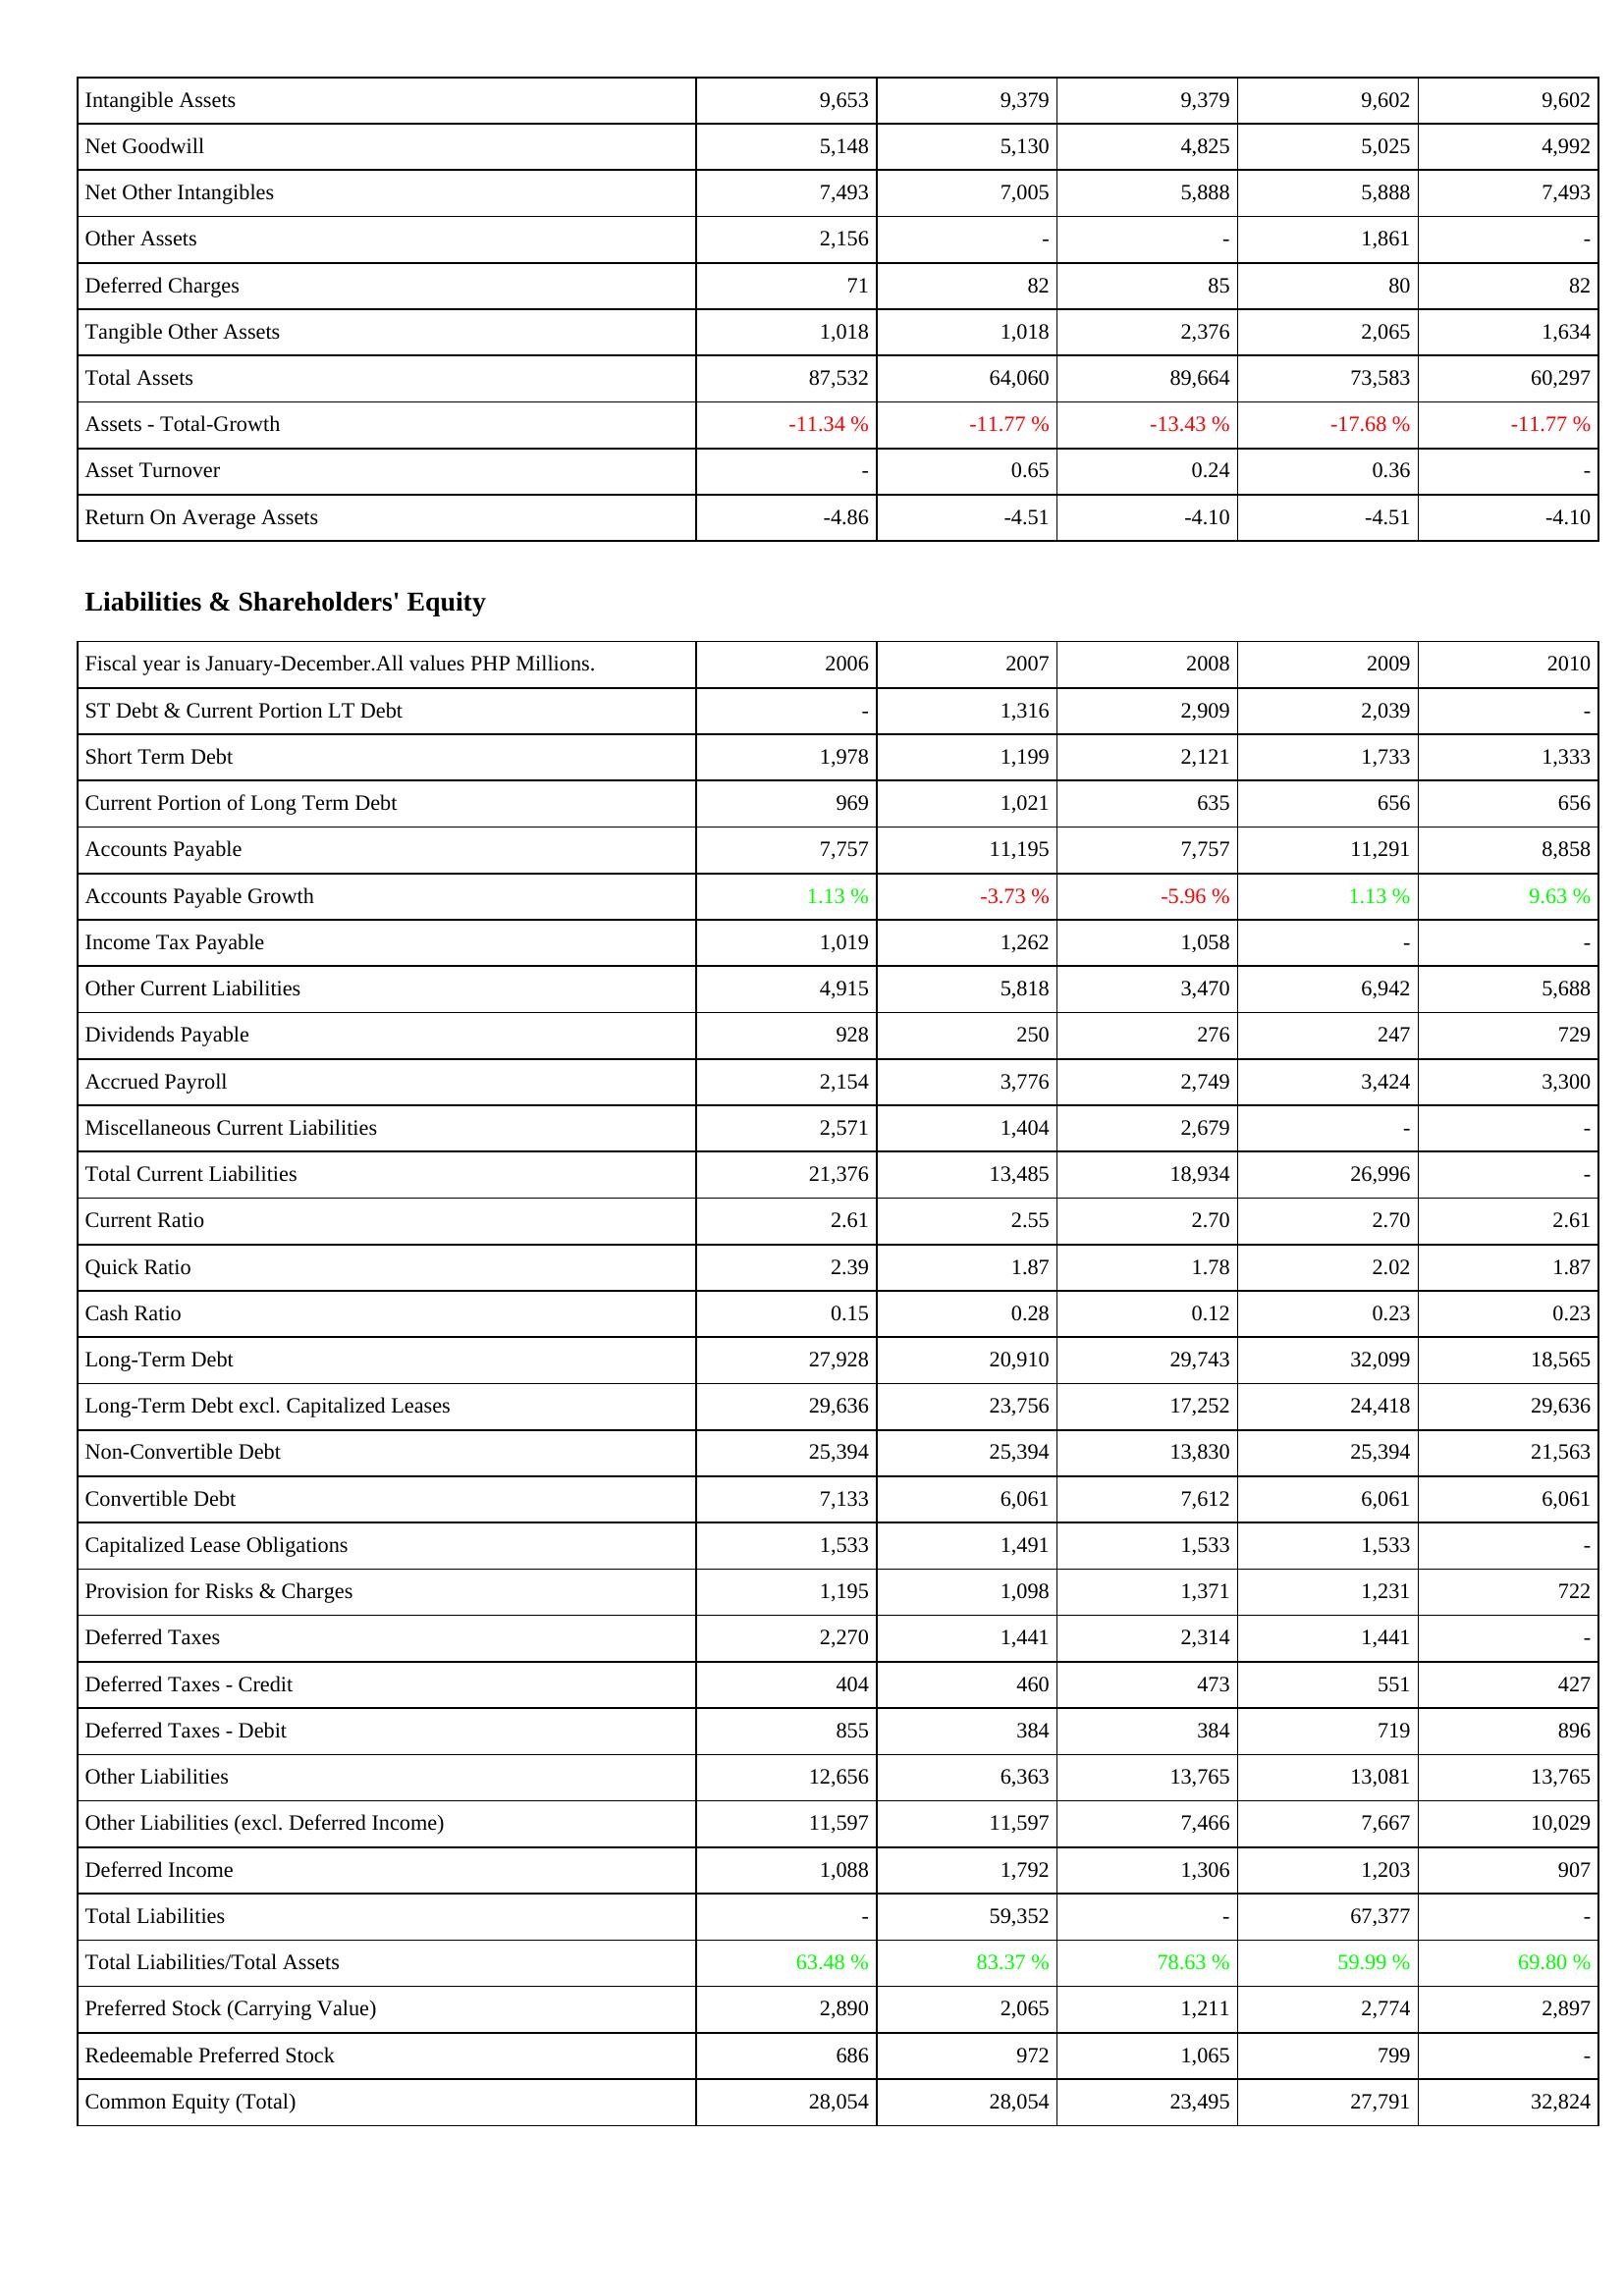
2006: Assets: Intangible Assets: 9,653
Net Goodwill: 5,148
Net Other Intangibles: 7,493
Other Assets: 2,156
Deferred Charges: 71
Tangible Other Assets: 1,018
Total Assets: 87,532
Assets - Total-Growth: -11.34 %
Asset Turnover: -
Return On Average Assets: -4.86
Liabilities & Shareholders' Equity: ST Debt & Current Portion LT Debt: -
Short Term Debt: 1,978
Current Portion of Long Term Debt: 969
Accounts Payable: 7,757
Accounts Payable Growth: 1.13 %
Income Tax Payable: 1,019
Other Current Liabilities: 4,915
Dividends Payable: 928
Accrued Payroll: 2,154
Miscellaneous Current Liabilities: 2,571
Total Current Liabilities: 21,376
Current Ratio: 2.61
Quick Ratio: 2.39
Cash Ratio: 0.15
Long-Term Debt: 27,928
Long-Term Debt excl. Capitalized Leases: 29,636
Non-Convertible Debt: 25,394
Convertible Debt: 7,133
Capitalized Lease Obligations: 1,533
Provision for Risks & Charges: 1,195
Deferred Taxes: 2,270
Deferred Taxes - Credit: 404
Deferred Taxes - Debit: 855
Other Liabilities: 12,656
Other Liabilities (excl. Deferred Income): 11,597
Deferred Income: 1,088
Total Liabilities: -
Total Liabilities/Total Assets: 63.48 %
Preferred Stock (Carrying Value): 2,890
Redeemable Preferred Stock: 686
Common Equity (Total): 28,054
2007: Assets: Intangible Assets: 9,379
Net Goodwill: 5,130
Net Other Intangibles: 7,005
Other Assets: -
Deferred Charges: 82
Tangible Other Assets: 1,018
Total Assets: 64,060
Assets - Total-Growth: -11.77 %
Asset Turnover: 0.65
Return On Average Assets: -4.51
Liabilities & Shareholders' Equity: ST Debt & Current Portion LT Debt: 1,316
Short Term Debt: 1,199
Current Portion of Long Term Debt: 1,021
Accounts Payable: 11,195
Accounts Payable Growth: -3.73 %
Income Tax Payable: 1,262
Other Current Liabilities: 5,818
Dividends Payable: 250
Accrued Payroll: 3,776
Miscellaneous Current Liabilities: 1,404
Total Current Liabilities: 13,485
Current Ratio: 2.55
Quick Ratio: 1.87
Cash Ratio: 0.28
Long-Term Debt: 20,910
Long-Term Debt excl. Capitalized Leases: 23,756
Non-Convertible Debt: 25,394
Convertible Debt: 6,061
Capitalized Lease Obligations: 1,491
Provision for Risks & Charges: 1,098
Deferred Taxes: 1,441
Deferred Taxes - Credit: 460
Deferred Taxes - Debit: 384
Other Liabilities: 6,363
Other Liabilities (excl. Deferred Income): 11,597
Deferred Income: 1,792
Total Liabilities: 59,352
Total Liabilities/Total Assets: 83.37 %
Preferred Stock (Carrying Value): 2,065
Redeemable Preferred Stock: 972
Common Equity (Total): 28,054
2008: Assets: Intangible Assets: 9,379
Net Goodwill: 4,825
Net Other Intangibles: 5,888
Other Assets: -
Deferred Charges: 85
Tangible Other Assets: 2,376
Total Assets: 89,664
Assets - Total-Growth: -13.43 %
Asset Turnover: 0.24
Return On Average Assets: -4.10
Liabilities & Shareholders' Equity: ST Debt & Current Portion LT Debt: 2,909
Short Term Debt: 2,121
Current Portion of Long Term Debt: 635
Accounts Payable: 7,757
Accounts Payable Growth: -5.96 %
Income Tax Payable: 1,058
Other Current Liabilities: 3,470
Dividends Payable: 276
Accrued Payroll: 2,749
Miscellaneous Current Liabilities: 2,679
Total Current Liabilities: 18,934
Current Ratio: 2.70
Quick Ratio: 1.78
Cash Ratio: 0.12
Long-Term Debt: 29,743
Long-Term Debt excl. Capitalized Leases: 17,252
Non-Convertible Debt: 13,830
Convertible Debt: 7,612
Capitalized Lease Obligations: 1,533
Provision for Risks & Charges: 1,371
Deferred Taxes: 2,314
Deferred Taxes - Credit: 473
Deferred Taxes - Debit: 384
Other Liabilities: 13,765
Other Liabilities (excl. Deferred Income): 7,466
Deferred Income: 1,306
Total Liabilities: -
Total Liabilities/Total Assets: 78.63 %
Preferred Stock (Carrying Value): 1,211
Redeemable Preferred Stock: 1,065
Common Equity (Total): 23,495
2009: Assets: Intangible Assets: 9,602
Net Goodwill: 5,025
Net Other Intangibles: 5,888
Other Assets: 1,861
Deferred Charges: 80
Tangible Other Assets: 2,065
Total Assets: 73,583
Assets - Total-Growth: -17.68 %
Asset Turnover: 0.36
Return On Average Assets: -4.51
Liabilities & Shareholders' Equity: ST Debt & Current Portion LT Debt: 2,039
Short Term Debt: 1,733
Current Portion of Long Term Debt: 656
Accounts Payable: 11,291
Accounts Payable Growth: 1.13 %
Income Tax Payable: -
Other Current Liabilities: 6,942
Dividends Payable: 247
Accrued Payroll: 3,424
Miscellaneous Current Liabilities: -
Total Current Liabilities: 26,996
Current Ratio: 2.70
Quick Ratio: 2.02
Cash Ratio: 0.23
Long-Term Debt: 32,099
Long-Term Debt excl. Capitalized Leases: 24,418
Non-Convertible Debt: 25,394
Convertible Debt: 6,061
Capitalized Lease Obligations: 1,533
Provision for Risks & Charges: 1,231
Deferred Taxes: 1,441
Deferred Taxes - Credit: 551
Deferred Taxes - Debit: 719
Other Liabilities: 13,081
Other Liabilities (excl. Deferred Income): 7,667
Deferred Income: 1,203
Total Liabilities: 67,377
Total Liabilities/Total Assets: 59.99 %
Preferred Stock (Carrying Value): 2,774
Redeemable Preferred Stock: 799
Common Equity (Total): 27,791
2010: Assets: Intangible Assets: 9,602
Net Goodwill: 4,992
Net Other Intangibles: 7,493
Other Assets: -
Deferred Charges: 82
Tangible Other Assets: 1,634
Total Assets: 60,297
Assets - Total-Growth: -11.77 %
Asset Turnover: -
Return On Average Assets: -4.10
Liabilities & Shareholders' Equity: ST Debt & Current Portion LT Debt: -
Short Term Debt: 1,333
Current Portion of Long Term Debt: 656
Accounts Payable: 8,858
Accounts Payable Growth: 9.63 %
Income Tax Payable: -
Other Current Liabilities: 5,688
Dividends Payable: 729
Accrued Payroll: 3,300
Miscellaneous Current Liabilities: -
Total Current Liabilities: -
Current Ratio: 2.61
Quick Ratio: 1.87
Cash Ratio: 0.23
Long-Term Debt: 18,565
Long-Term Debt excl. Capitalized Leases: 29,636
Non-Convertible Debt: 21,563
Convertible Debt: 6,061
Capitalized Lease Obligations: -
Provision for Risks & Charges: 722
Deferred Taxes: -
Deferred Taxes - Credit: 427
Deferred Taxes - Debit: 896
Other Liabilities: 13,765
Other Liabilities (excl. Deferred Income): 10,029
Deferred Income: 907
Total Liabilities: -
Total Liabilities/Total Assets: 69.80 %
Preferred Stock (Carrying Value): 2,897
Redeemable Preferred Stock: -
Common Equity (Total): 32,824